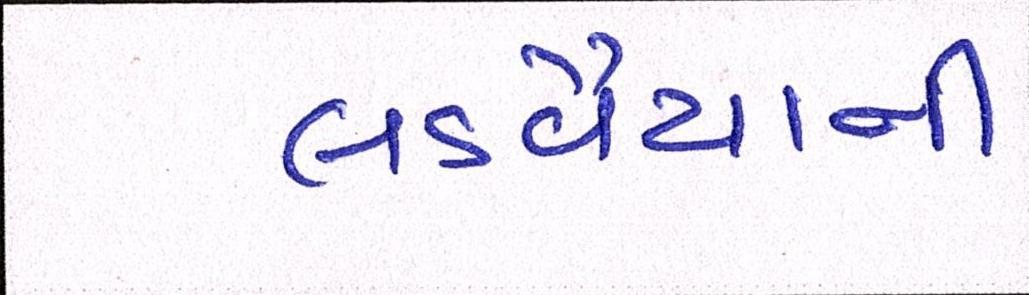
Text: લડવૈયાની